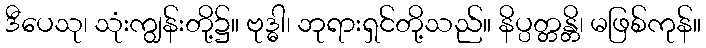
ဒီပေသု၊ သုံးကျွန်းတို့၌။ ဗုဒ္ဓါ၊ ဘုရားရှင်တို့သည်။ နိပ္ပတ္တန္တိ၊ မဖြစ်ကုန်။